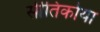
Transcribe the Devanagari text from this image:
सीतिकोया